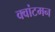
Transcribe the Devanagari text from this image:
क्वांटमन